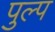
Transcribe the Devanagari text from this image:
पुल्प